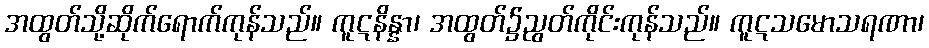
အထွတ်သို့ဆိုက်ရောက်ကုန်သည်။ ကူဋနိန္နာ၊ အထွတ်၌ညွတ်ကိုင်းကုန်သည်။ ကူဋသမောသရဏာ၊